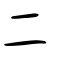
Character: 二